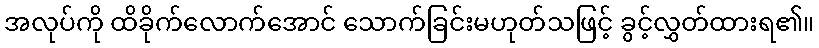
အလုပ်ကို ထိခိုက်လောက်အောင် သောက်ခြင်းမဟုတ်သဖြင့် ခွင့်လွှတ်ထားရ၏။